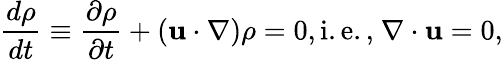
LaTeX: \frac{d\rho}{dt}\equiv\frac{\partial\rho}{\partial t}+\left({\mathbf u}\cdot\nabla\right)\rho=0,\mathrm{{i.e.,}~\nabla\cdot{\mathbf u}=0,}